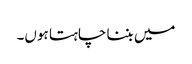
میں بننا چاہتا ہوں۔